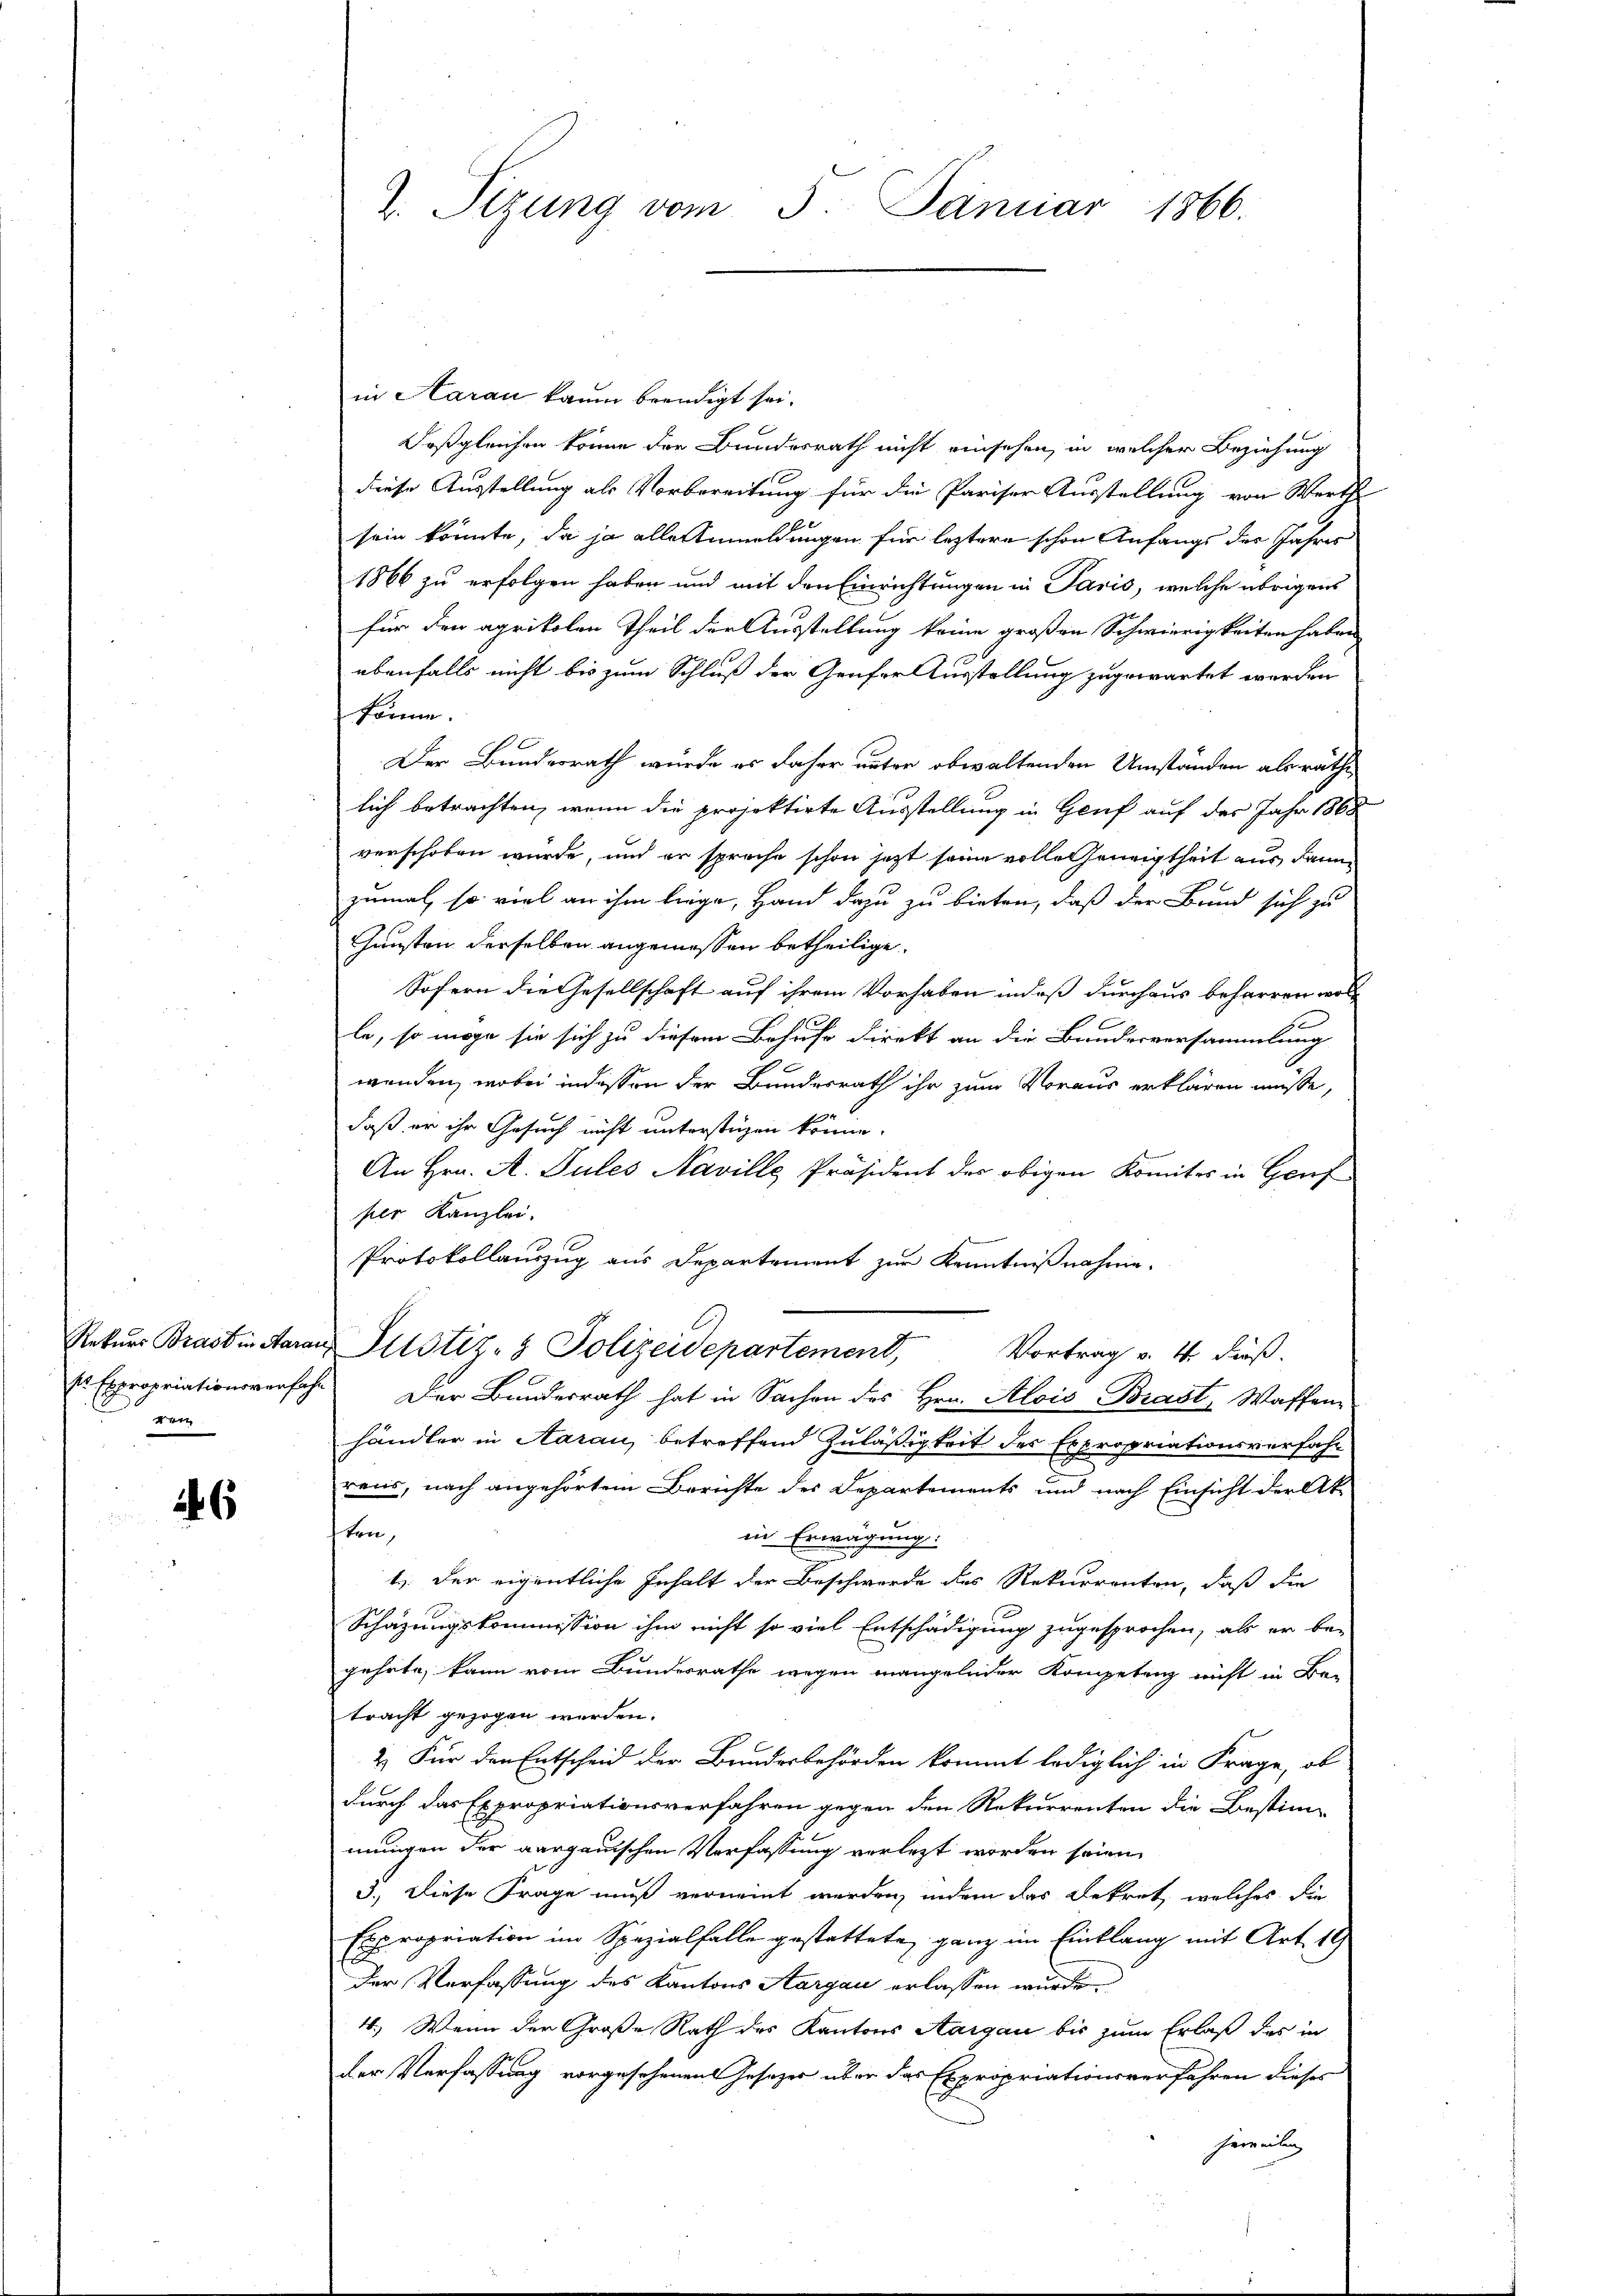
e

16

in Aarau kaum beendigt sei.
Daßgleichen könne der Bundesrath nicht einsehen, in welcher Beziehung
diese Ausstellung als Vorbereitung für die Pariser Ausstellung von Werthe
sein könnte, da ja alle Anmeldungen für leztere schon Anfangs der Jahren
1866 zu erfolgen haben und mit den Einrichtungen in Paris, welche übrigens
für den aprikolen Theil der Ausstellung keine großen Schwierigkeiten haben
ebenfalls nicht bis zum Schluß der Genfer Ausstellung zugewartet werden
könne.
e
Der Bundesrath würde es daher unter obwaltenden Umständen als rathe
lich betrachten, wenn die projektirte Ausstellung in Genf auf des Jahr 1868
verschoben würde, und er spreche schon jetzt seine volle Geneigtheit aus dann
zumal so viel an ihm liege, Hand dazu zu bieten, daß der Brund sich zu
Gunsten derselben angemessen betheilige.
Sofern die Gesellschaft auf ihrem Vorhaben indeß durchaus beharren wol-
1
le, so möge sie sich zu diesem Behufe direkt an die Bundesversammlung
wenden, wobei indessen der Bundesrath ihr zum Voraus erklären müsse,
daß er ihr Gesuch nicht unterstüzen könne.
An Hrn. A. Tules Naville Präsident des obigen Komites in Graf
per Kanzlei.
Protokollauszug aus Departement zur Kenntnißnahme.
C
Rekurs Brast in Aarau Altstiz- & Polizeidepartement, Vortrag v. 4. dieß.
Es Expropriationsverfahr. Der Bundesrath hat in Sachen des Hrn. Alois Brast, Waffenhändler in Aarau, betreffend Zuläßigkeit des Expropriationsverfahr
rens, nach angehörtem Berichte des Departements und nach Einsicht der Akten,
in Erwägung:
.
t. Der eigentliche Inhalt der Beschwerde des Rekurrenten, daß die
Schazungskommission ihm nicht so viel Entschädigung zugesprochen, als er be-
gehrte, kann vom Bundesrathe wegen mangelnder Kompetenz nicht in Be-
tracht gezogen werden.
2. Für den Entscheid der Bundesbehörden kommt lediglich in Frage, ob
durch das Expropriationsverfahren gegen den Rekurrenten die Bestim-
2.
mungen der aargauischen Verfassung verletzt worden seien.
3.) Diese Frage muß verneint werden, indem das Bekret welches die
Expropriation im Spezialfalle gestattete, ganz im Einklang mit Art. 19
der Verfassung des Kantons Aargau erlassen wurde
4. Wenn der Große Rath des Kantons Aargau bis zum Erlaß des in
der Verfassung vorgesehenen Gesezes über das Expropriationsverfahren dieses
hereitung

2. Sitzung vom 5. Januar 1866.